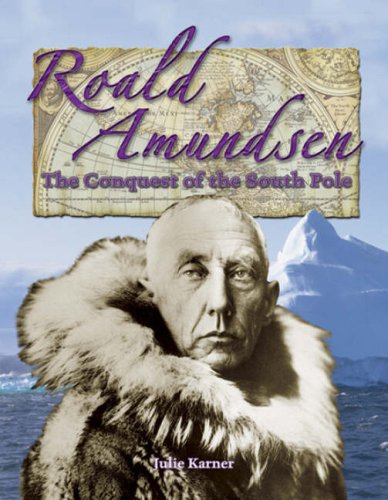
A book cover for Roald Amundsen: The Conquest of the South Pole (In the Footsteps of Explorers); Julie Karner; Travel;